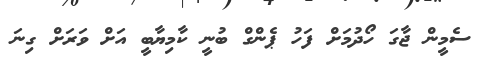
ސެމީން ޖާގަ ހޯދުމަށް ފަހު ޕެންގް ބުނީ ކާމިޔާބީ އަށް ވަރަށް ގިނަ